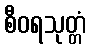
စီဝရသုတ္တံ